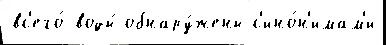
вс'его́ воды́ обнару́жены с'ино́н'имам'и